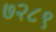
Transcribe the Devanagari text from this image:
७२८९